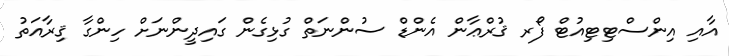
އާއި އިންސްޓިޓިއުޓް ފޯރ ޤުރްޢާން އެންޑް ސުންނަތް ގުޅިގެން ގައިދީންނަށް ހިންގާ ޤިރާއަތު